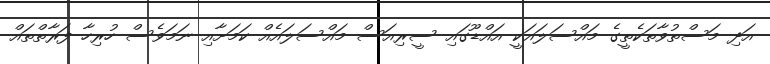
އަދި މަސްތުވާތަކެތީގެ މައްސަލައަކީ އައްޑޫގައި ސީރިއަސް މައްސަލައެއް ކަމަށާއި ނަމަވެސް ހުރިހާ ފަރާތްތައް